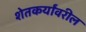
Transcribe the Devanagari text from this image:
शेतकर्यांवरील